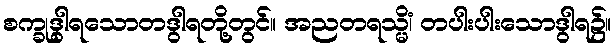
စက္ခုဒွါရသောတဒွါရတို့တွင်။ အညတရသ္မိံ၊ တပါးပါးသောဒွါရ၌။